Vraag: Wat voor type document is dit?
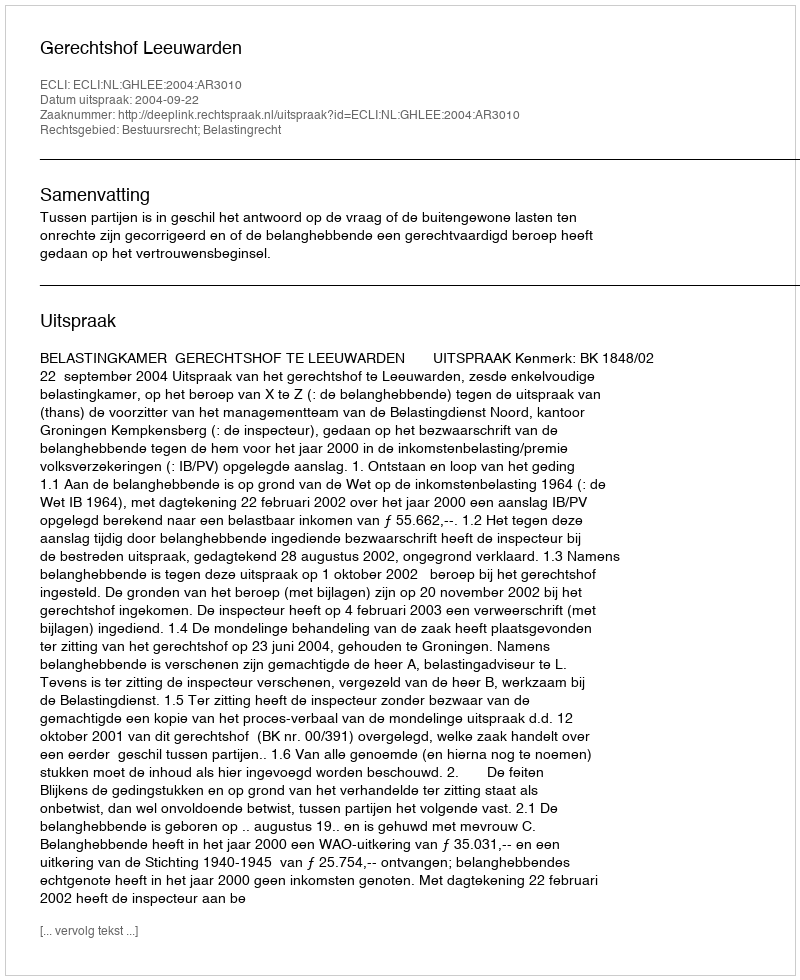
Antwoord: Uitspraak